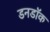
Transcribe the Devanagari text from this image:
डनडॉक